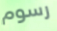
رسوم